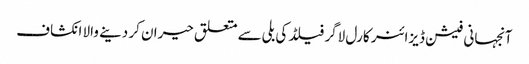
آنجہانی فیشن ڈیزائنر کارل لاگر فیلڈ کی بلی سے متعلق حیران کر دینے والا انکشاف